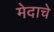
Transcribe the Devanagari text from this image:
मेदाचे